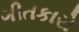
ગીતકારો